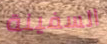
السفينة